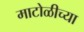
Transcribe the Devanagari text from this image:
माटोळीच्या